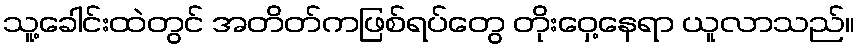
သူ့ခေါင်းထဲတွင် အတိတ်ကဖြစ်ရပ်တွေ တိုးဝှေ့နေရာ ယူလာသည်။